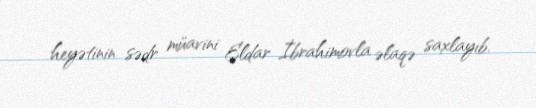
heyətinin sədr müavini Eldar İbrahimovla əlaqə saxlayıb.